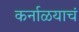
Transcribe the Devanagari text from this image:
कर्नाळयाचं